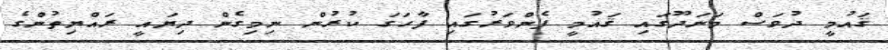
ޤައުމީ ދުވަސް މަނަދޫގައި ޤައުމީ ފެންވަރުގައި ފާހަގަ ކުރުން ނިމިގެން ދިޔައީ ރައްޔިތުންގެ